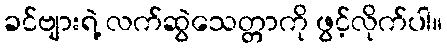
ခင်ဗျားရဲ့ လက်ဆွဲသေတ္တာကို ဖွင့်လိုက်ပါ။